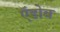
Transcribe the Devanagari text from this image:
ऍडोब